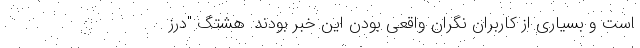
است و بسیاری از کاربران نگران واقعی بودن این خبر بودند. هشتگ "درز